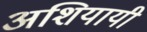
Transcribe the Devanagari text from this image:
अशियायी